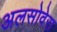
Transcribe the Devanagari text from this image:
अलसोवेरा